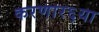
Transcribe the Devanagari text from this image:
करणार६या